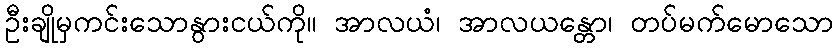
ဦးချိုမှကင်းသောနွားငယ်ကို။ အာလယံ၊ အာလယန္တော၊ တပ်မက်မောသော